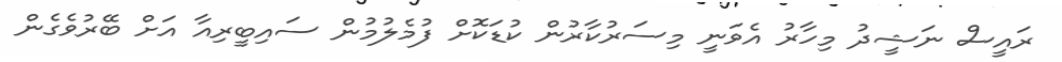
ރައީސް ނަޝީދު މިހާރު އެވަނީ މިސަރުކާރުން ކުޑަކޮށް ފުމެލުމުން ސައިބީރިއާ އަށް ބޭރުވެގެން